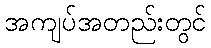
အကျပ်အတည်းတွင်